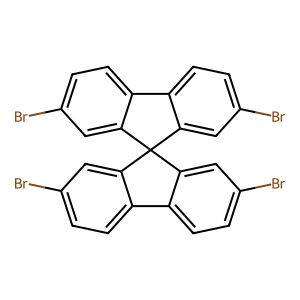
SMILES: Brc1ccc2c(c1)C1(c3cc(Br)ccc3-2)c2cc(Br)ccc2-c2ccc(Br)cc21
Inhibits HIV replication: No